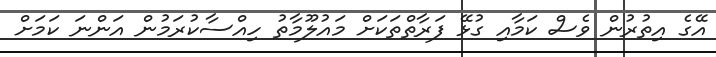
އޭގެ އިތުރުން ވެސް ކަމާއި ގުޅޭ ފަރާތްތަކަށް މައުލޫމާތު ހިއްސާކުރަމުން އަންނަ ކަމަށް